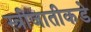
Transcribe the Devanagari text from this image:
स्त्रीजातीकडे